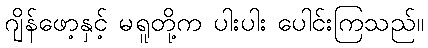
ဂျိန်ဖော့နှင့် မရူတို့က ပါးပါး ပေါင်းကြသည်။